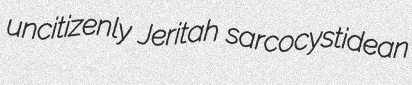
uncitizenly Jeritah sarcocystidean